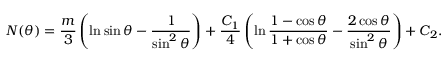
N ( \theta ) = \frac { m } 3 \left( \ln \sin \theta - \frac 1 { \sin ^ { 2 } \theta } \right) + \frac { C _ { 1 } } 4 \left( \ln \frac { 1 - \cos \theta } { 1 + \cos \theta } - \frac { 2 \cos \theta } { \sin ^ { 2 } \theta } \right) + C _ { 2 } .